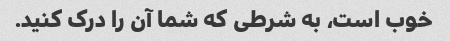
خوب است، به شرطی که شما آن را درک کنید.